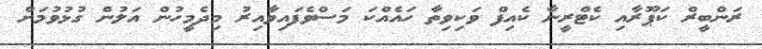
ރަންބީރް ކަޕޫރާއި ކެޓްރީނާ ކެއިފް ވަކިވިތާ ހައެއްކަ މަސްވެފައިވާއިރު މިދެމީހުން އަލުން ގުޅުވުމަށް